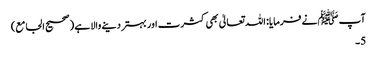
آپ ﷺنے فرمایا: اللہ تعالیٰ بھی کثرت اور بہتر دینے والا ہے (صحیح الجامع)
5۔